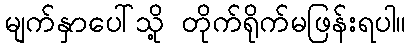
မျက်နှာပေါ်သို့ တိုက်ရိုက်မဖြန်းရပါ။